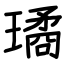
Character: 璚